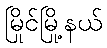
မြိုင်မြို့နယ်